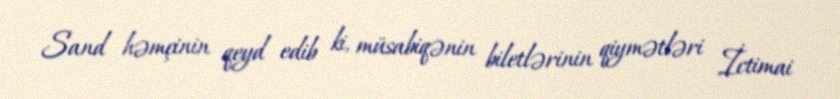
Sand həmçinin qeyd edib ki, müsabiqənin biletlərinin qiymətləri İctimai